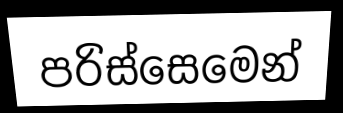
පරිස්සෙමෙන්